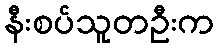
နီးစပ်သူတဦးက